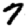
Digit: 7